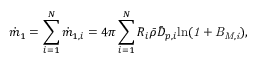
\dot { m } _ { 1 } = \sum _ { i = 1 } ^ { N } \dot { m } _ { 1 , i } = 4 \pi \sum _ { i = 1 } ^ { N } R _ { i } \Bar { \rho } \bar { D } _ { p , i } \mathrm { { l n } \it { ( 1 + B _ { M , i } ) } , }